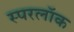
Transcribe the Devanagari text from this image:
स्परलॉक